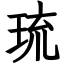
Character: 琉